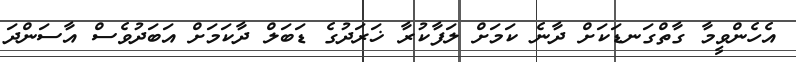
އެހެންވީމާ ގާތްގަނޑަކަށް ދާނެ ކަމަށް ލަފާކުރާ ޚަރަދުގެ ޑަބަލް ދާކަމަށް އަބަދުވެސް އާސަންދަ